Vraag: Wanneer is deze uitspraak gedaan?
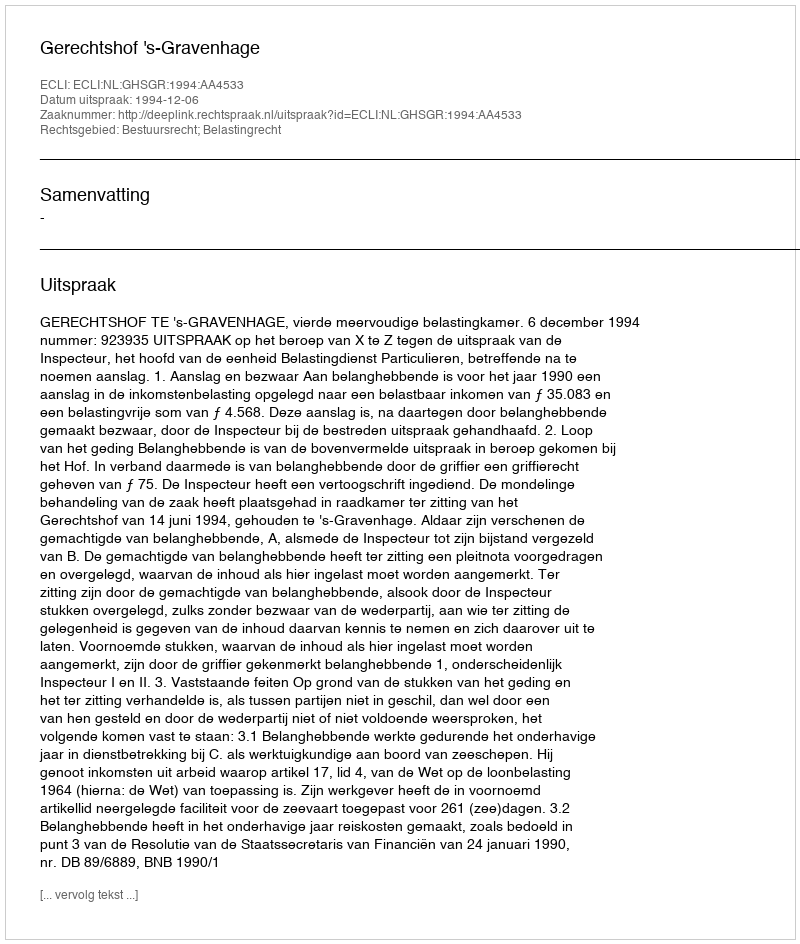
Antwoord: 1994-12-06